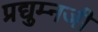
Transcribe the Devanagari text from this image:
प्रद्युम्नजी